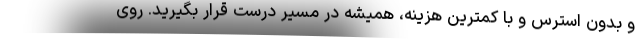
و بدون استرس و با کمترین هزینه، همیشه در مسیر درست قرار بگیرید. روی